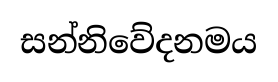
සන්නිවේදනමය